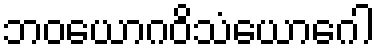
ဘဝယောဂဝိသံယောဂေါ